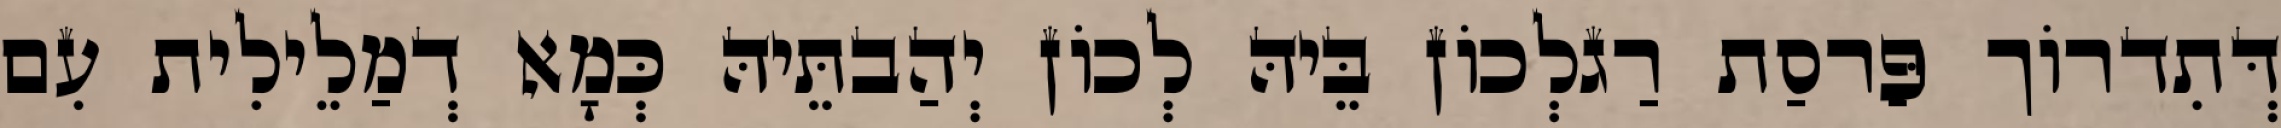
דְּתִדרוֹך פַּרסַת רַגלְכוֹן בֵּיהּ לְכוֹן יְהַבתֵּיהּ כְּמָא דְמַלֵילִית עִם